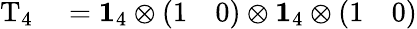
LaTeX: \begin{array}{rl}{\mathrm{T}_{4}}&{{}=\mathbf{1}_{4}\otimes\left(\begin{array}{ll}{1}&{0}\end{array}\right)\otimes\mathbf{1}_{4}\otimes\left(\begin{array}{ll}{1}&{0}\end{array}\right)}\end{array}